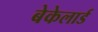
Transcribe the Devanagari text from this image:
बेकेलार्ड